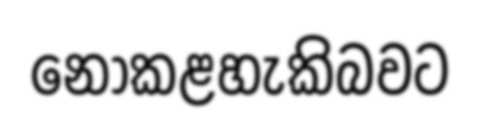
නොකළහැකිබවට